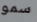
سمو